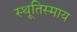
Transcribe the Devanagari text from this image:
स्थूतिस्माय